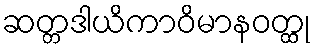
ဆတ္တဒါယိကာဝိမာနဝတ္ထု